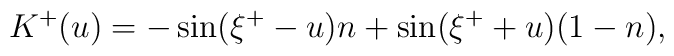
K^{+}(u)=-\sin(\xi^+ -u) n + \sin(\xi^+ +u) (1-n),